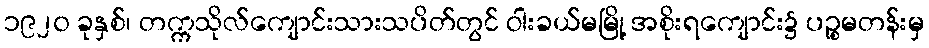
၁၉၂၀ ခုနှစ်၊ တက္ကသိုလ်ကျောင်းသားသပိတ်တွင် ဝါးခယ်မမြို့ အစိုးရကျောင်း၌ ပဉ္စမတန်းမှ